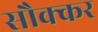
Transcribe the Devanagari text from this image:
सौक्कर